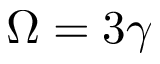
\Omega = 3 \gamma